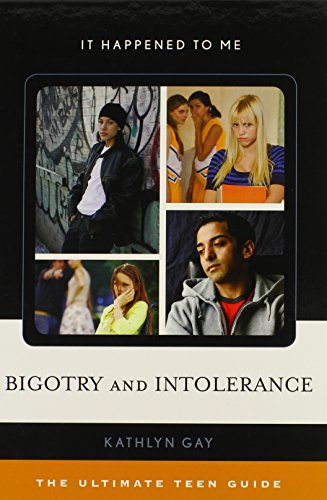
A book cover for Bigotry and Intolerance: The Ultimate Teen Guide (It Happened to Me); Kathlyn Gay; Teen & Young Adult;